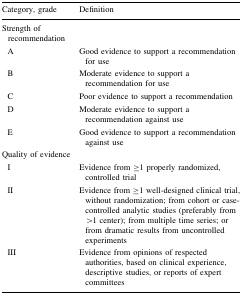
<table><thead><tr><td><b>Category, grade</b></td><td><b>Definition</b></td></tr></thead><tbody><tr><td>Strength of recommendation</td><td></td></tr><tr><td> A</td><td>Good evidence to support a recommendation for use</td></tr><tr><td> B</td><td>Moderate evidence to support a recommendation for use</td></tr><tr><td> C</td><td>Poor evidence to support a recommendation</td></tr><tr><td> D</td><td>Moderate evidence to support a recommendation against use</td></tr><tr><td> E</td><td>Good evidence to support a recommendation against use</td></tr><tr><td>Quality of evidence</td><td></td></tr><tr><td> I</td><td>Evidence from ≥1 properly randomized, controlled trial</td></tr><tr><td> II</td><td>Evidence from ≥1 well-designed clinical trial, without randomization; from cohort or case-controlled analytic studies (preferably from &gt;1 center); from multiple time series; or from dramatic results from uncontrolled experiments</td></tr><tr><td> III</td><td>Evidence from opinions of respected authorities, based on clinical experience, descriptive studies, or reports of expert committees</td></tr></tbody></table>